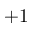
+ 1